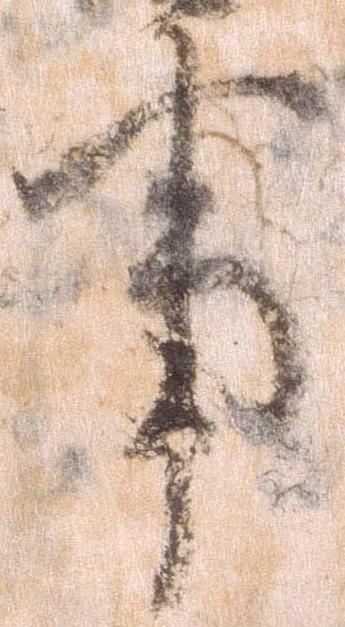
事